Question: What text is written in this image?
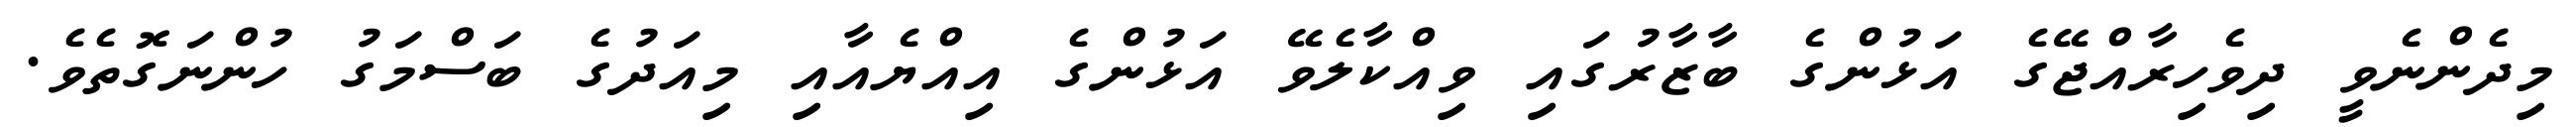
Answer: މިދެންނެވީ ދިވެހިރާއްޖޭގެ އަޅުންގެ ބާޒާރުގައި ވިއްކާލެވޭ އަޅުންގެ އިއްޔެއާއި މިއަދުގެ ބަސްމަގު ހުންނަގޮތެވެ.